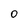
Character: O